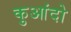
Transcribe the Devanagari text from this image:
कुआंदो